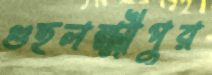
গুহলক্ষ্মীপুর